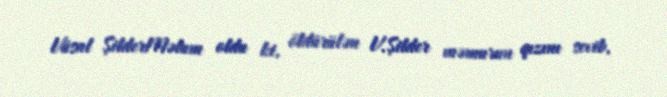
Vüsal ŞilderMəlum oldu ki, öldürülən V.Şilder məmurun qızını sevib,